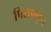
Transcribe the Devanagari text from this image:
पिराणपुरा